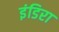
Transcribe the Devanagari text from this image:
इंडिरा